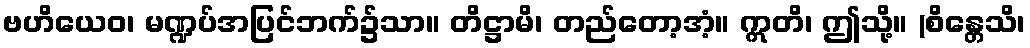
ဗဟိယေဝ၊ မဏ္ဍပ်အပြင်ဘက်၌သာ။ တိဋ္ဌာမိ၊ တည်တော့အံ့။ ဣတိ၊ ဤသို့။ (စိန္တေသိ၊